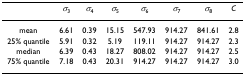
|  | σ3 | σ4 | σ5 | σ6 | σ7 | σ8 | C |
 | --- | --- | --- | --- | --- | --- | --- | --- |
 | mean | 6.61 | 0.39 | 15.15 | 547.93 | 914.27 | 841.61 | 2.8 |
 | 25% quantile | 5.91 | 0.32 | 5.19 | 119.11 | 914.27 | 914.27 | 2.3 |
 | median | 6.39 | 0.43 | 18.27 | 808.02 | 914.27 | 914.27 | 2.5 |
 | 75% quantile | 7.18 | 0.43 | 20.31 | 914.27 | 914.27 | 914.27 | 3.0 |